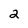
Character: 2